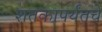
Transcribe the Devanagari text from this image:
शतकापर्यंतचे